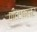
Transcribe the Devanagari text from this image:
पीटरकलर